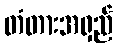
တံတားအရှည်